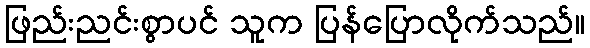
ဖြည်းညင်းစွာပင် သူက ပြန်ပြောလိုက်သည်။